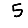
Digit: 5